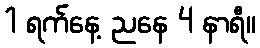
1 ရက်နေ့ ညနေ 4 နာရီ။